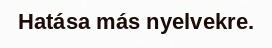
Hatása más nyelvekre.